Vital statistics of India. Vol. VI, European troops 1870-79
Year: 1870
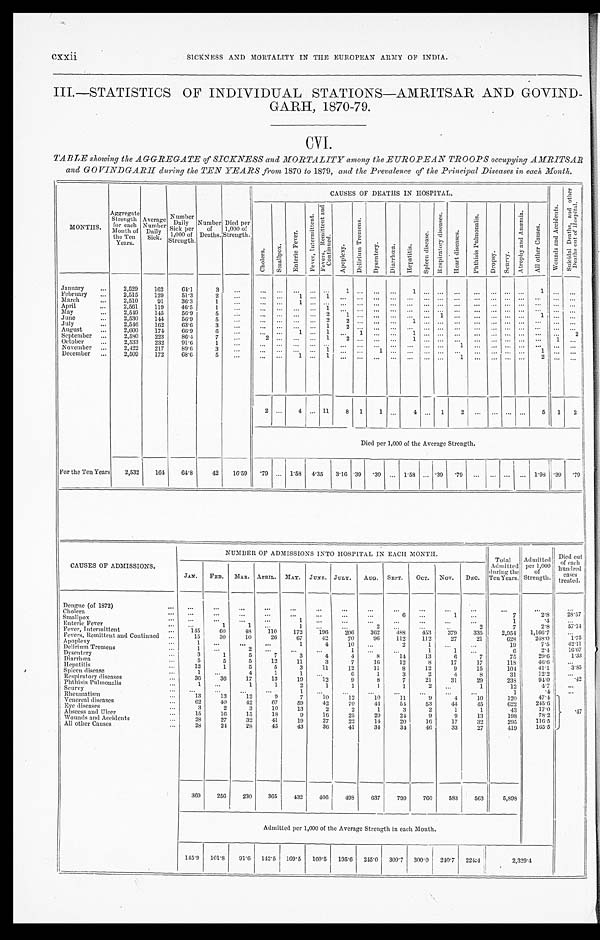
xxii SICKNESS AND MORTALITY IN THE EUROPEAN ARMY OF INDIA.
I III.—STATISTICS OF INDIVIDUAL STATIONS—AMRITSAR AND GOVIND-
GARH, 1870-79.
CVI.
TABLE showing the AGGREGATE of SICKNESS and MORTALITY among the EUROPEAN TROOPS occupying AMRITSAR
and GOVINDGARH during the TEN YEARS from 1870 to 1879, and the Prevalence of the Principal Diseases in each Month.
MONTHS.
Aggregat e
Strength for each
Month of
the Ten
Years. Average Number Daily Sick.
Number Daily Sick per
1,000 of
Strength. Number of Deat hs . D i e d p e r
1 , 0 0 0 o fS
t r e n g t h .
CAUSES OF DEATHS IN HOSPITAL.
W o u n d s a n d A c c i d e n t s .
S u i c i d a l D e a t h s , a n d o t h e r
D e a t h s o u t o f H o s p i t a l .
C h o l e r a . S m a l l p o x .
E n t e r i c F e v e r .
F e v e r , I n t e r m i t t e n t .
F e v e r s , R e m i t t e n t a n d
C o n t i n u e d .
A p o p l e x y .
D e l i r i u m T r e m e n s .
D y s e n t e r y .
D i a r r h œ a .
H e p a t i t i s .
S p l e e n d i s e a s e .
R e s p i r a t o r y d i s e a s e s .
H e a r t d i s e a s e s .
P h t h i s i s P u l m o n a l i s .
Dr o p s y . S c u r v y .
A t r o p h y a n d A n æ m i a .
A l l o t h e r c a u s e s .
January
2,529 162
6 4 . 1
3
1
1
1
February
2,515 129 51.3 2
1
1
March
2 , 5 1 0 91 36.3
1
1
April
2,561 119 46.5
1
1
M a y
2,549 145 56.9
5
2 1
1
1
June
2,530 144 56.9 5
2 2
1
July
2,546 162 63.6
3
1
2
August
2,600 174 66.9
6
1
1
1
1
2
September
2,580 223 86.4 7
2
1 2
1
1
October
2,533 232 91.6 1
1
November
2,422 217 89.6 3
1
1
1
December
2,509 172 68.6
5
1
1
1
2
2
4
11 8 1 1
4
1 2
5 1 2
Died per 1,000 of the Average Strength.
For the Ten Years 2,532 164 64.8 42 16.59 .79
1.58 4.35 3.16 .39
. 3 9 1.58
. 3 9 . 79
1.98
. 39
. 7 9
CAUSES OF ADMISSIONS.
NUMBER OF ADMISSIONS INTO HOSPITAL IN EACH MONTH.
Total Admitted during the
Ten Years. Admitted per 1,000
of Strength.
JAN. FEB. MAR. APRIL. MAY. JUNE. JULY. AUG. SEPT. OCT. NOV. DEC.
Dengue (of 1872)
Cholera
6
1
7
2.8
2 8 . 5 7
Smallpox
1
1
.4
Enteric Fever
1
1
1
2
2
7
2.8 57.14
Fever, Intermittent
145 60 48 110 172 196 206 362 488 453 379 335 2,954 1,166.7
Fevers, Remittent and Continued
15 30 10 26 67 42 70 96 112 112
2 7 21
628 248.0 1. 75
Apoplexy
1
1
4 10
2
1
19
7 . 5
4 2 . 1 1
Delirium Tremens
1
2
1
1
1
6
2.4
1 6 . 6 7
Dysentery
3
1
5
7
3
4
4
8 14 13
6
7
75
29.6 1. 33
Diarrhœa
5
5
5 12 11
3
7 16 12
8 17 17
118
46.6
Hepatitis
12
1
5
5
3 11 12 11
8 12
9 15
104
41.1 3. 85
Spleen disease
1
4
1
1
6 1
3
2
4
8
31
12.2
Respiratory diseases
36 36 17 13 19 12
9
8
7 21 31 29
238
94.0
.42
Phthisis Pulmonalis
1
1
1
2
1
1
1
1
2
1
12
4.7
Scurvy
1
1
.4
Rheumatism
1 3 13 12
9
7 10 12 10 11
9
4 10
120
47.4 .47
Venereal diseases
62 40 42 67 59 42 70 44 54 53
4 4 45
622 245.6
Eye diseases
3
2
3 10 13
2
2
1
3
2
1
1
43
17.0
Abscess and Ulcer
1 5 16 15 18
9 16 25 29 24 9
9 13
198
78.2
Wounds and Accidents
28 27 32 41 19 27 22 14 20 16 17 32
295 116.5
All other Causes
2 8
24 28 45 43
3 6 41 34 34 46 33 27
419 165.5
369 256 230 365
4 3 2 406 498 637 799 760 583 563 5,898
Admitted per 1,000 of the Average Strength in each Month.
145.9 101.8 91.6 142.5 169.5 160.5 195.6 245.0 309.7 300.0 240.7 224.4 2 , 3 2 9 . 4